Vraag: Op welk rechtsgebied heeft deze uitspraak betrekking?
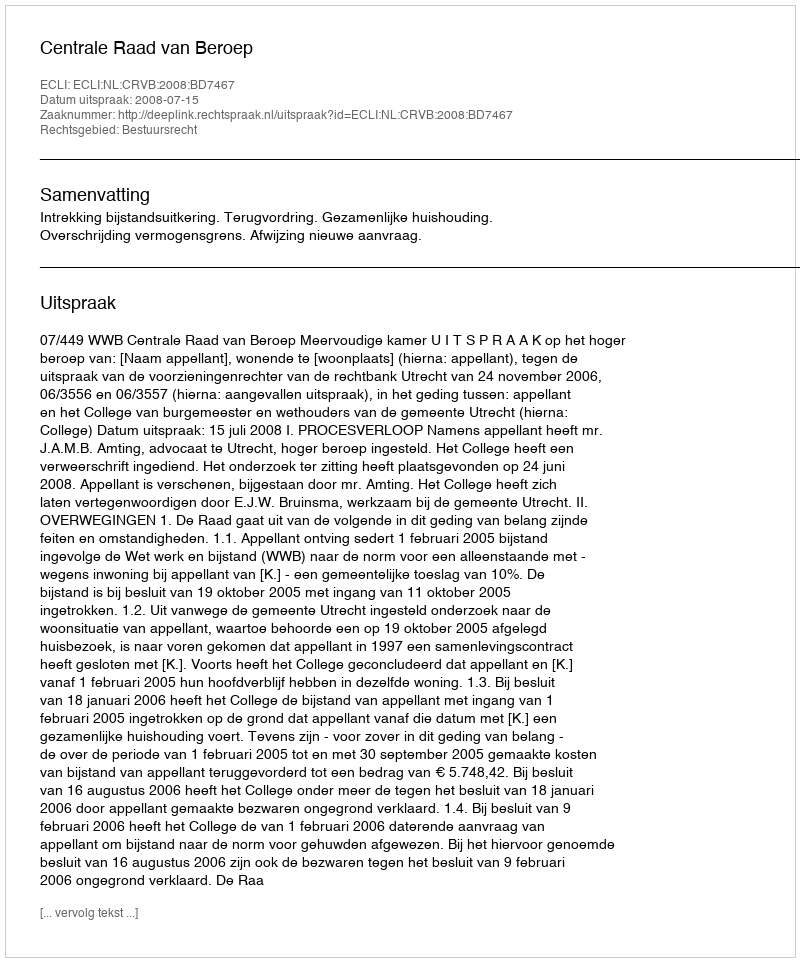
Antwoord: Bestuursrecht